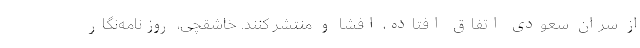
از سران سعودی اتفاق افتاده، افشا و منتشر کنند. خاشقچی، روزنامه‌نگار